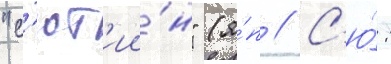
"с'ют'ии́н" (я́п // С'ю́: